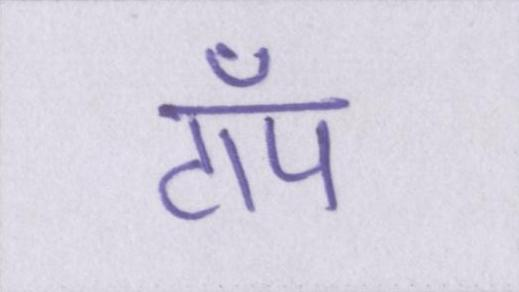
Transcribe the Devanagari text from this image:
टॉप